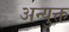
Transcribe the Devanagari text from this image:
अन्युक्त